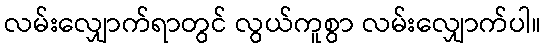
လမ်းလျှောက်ရာတွင် လွယ်ကူစွာ လမ်းလျှောက်ပါ။